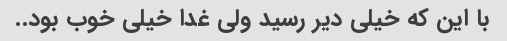
با این که خیلی دیر رسید ولی غدا خیلی خوب بود..